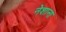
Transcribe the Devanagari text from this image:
नेशाना